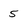
Character: 5